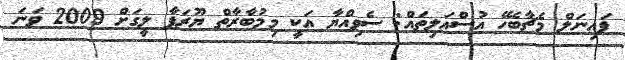
ފައިނަލް މެޗާބެހޭ އުސްއަލިތައް: ސެވިއްޔާ އަކީ މިމުބާރާތް ޔޫރަޕާ ލީގަށް 2009 ވަނަ